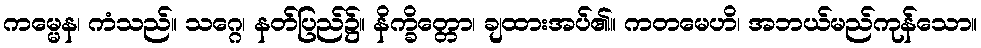
ကမ္မေန၊ ကံသည်။ သဂ္ဂေ၊ နတ်ပြည်၌။ နိက္ခိတ္တော၊ ချထားအပ်၏။ ကတမေဟိ၊ အဘယ်မည်ကုန်သော။